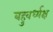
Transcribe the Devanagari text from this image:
बहुवर्ध्यक्ष